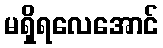
မရှိရလေအောင်